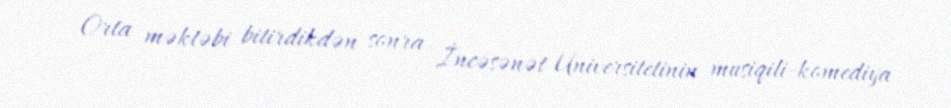
Orta məktəbi bitirdikdən sonra İncəsənət Universitetinin musiqili-komediya